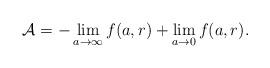
LaTeX: \begin{align*}{\cal A}=-\lim_{a\rightarrow\infty}f(a,r)+\lim_{a\rightarrow0}f(a,r).\end{align*}